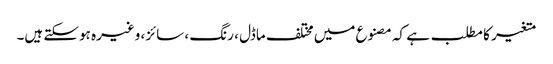
متغیر کا مطلب ہے کہ مصنوع میں مختلف ماڈل ، رنگ ، سائز ، وغیرہ ہوسکتے ہیں۔